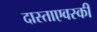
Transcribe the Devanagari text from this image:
दास्ताएवस्की